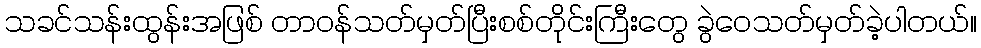
သခင်သန်းထွန်းအဖြစ် တာဝန်သတ်မှတ်ပြီးစစ်တိုင်းကြီးတွေ ခွဲဝေသတ်မှတ်ခဲ့ပါတယ်။